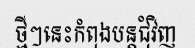
ថ្មីៗនេះកំពុងបន្តជុំវិញ